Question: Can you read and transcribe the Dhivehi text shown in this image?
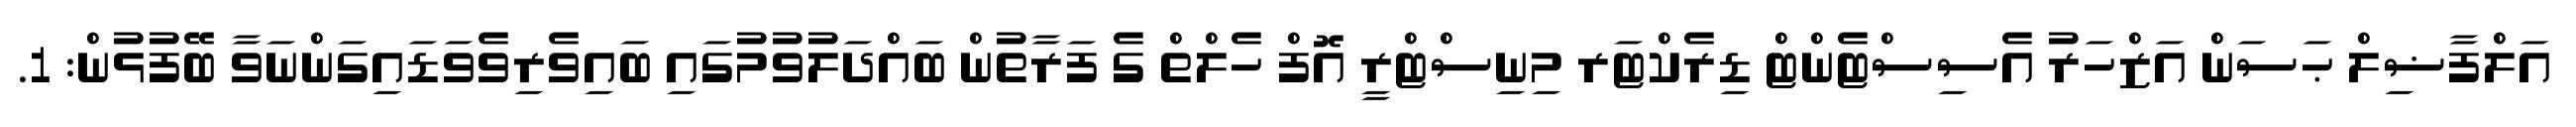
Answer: އަލްފާޟިލް ޙަސަން އަޒްހަރު އެސިސްޓެންޓް ޑިރެކްޓަރ މިނިސްޓްރީ އޮފް ހެލްތް ގެ ފަރާތުން ބައްދަލުވުމުގައި ބައިވެރިވެވަޑައިގަންނަވާ ބޭފުޅުން: 1.